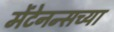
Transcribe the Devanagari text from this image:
मेंटेनन्सच्या